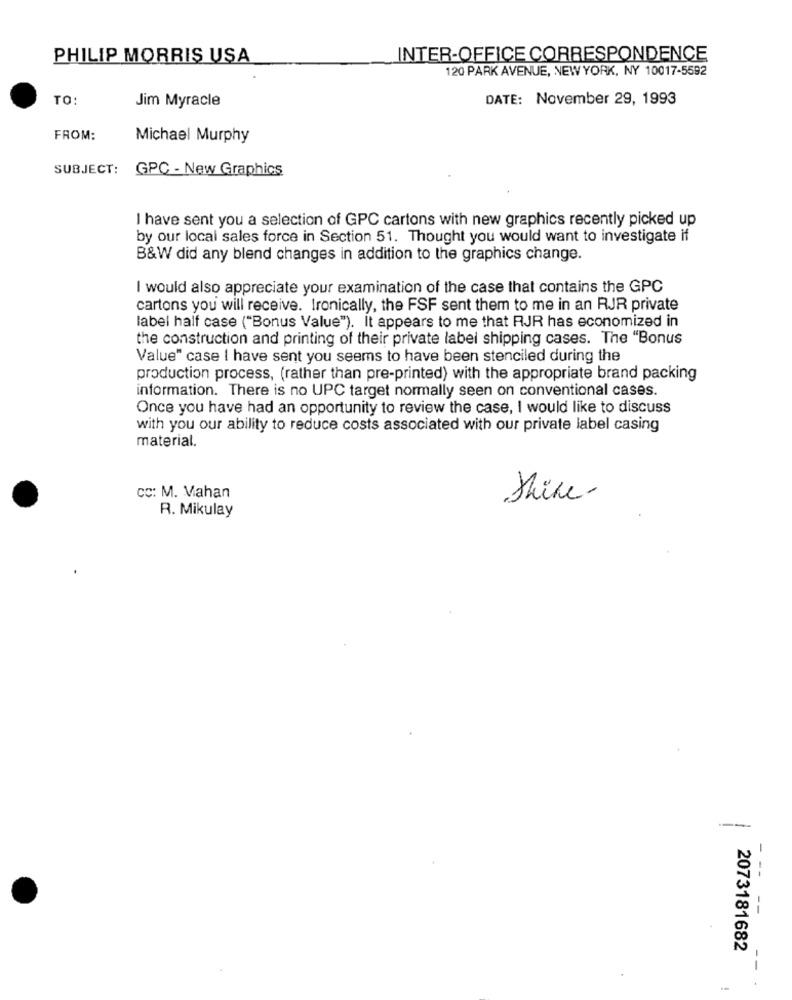
PHILIP MORRIS USA
INTER-OFFICE CORRESPONDENCE
120 PARK AVENUE, NEW YORK, NY 10017-5592
TO
Jim Myracle
DATE: November 29, 1993
FROM:
Michael Murphy
SUBJECT:
GPC - New Graphics
I have sent you a selection of GPC cartons with new graphics recently picked up
by our local sales force in Section 51. Thought you would want to investigate if
B&W did any blend changes in addition to the graphics change.
I would also appreciate your examination of the case that contains the GPC
cartons you will receive. Ironically, the FSF sent them to me in an RJR private
label half case ("Bonus Value"). It appears to me that RJR has economized in
the construction and printing of their private label shipping cases. The "Bonus
Value" case I have sent you seems to have been stenciled during the
production process, (rather than pre-printed) with the appropriate brand packing
information. There is no UPC target normally seen on conventional cases.
Once you have had an opportunity to review the case, I would like to discuss
with you our ability to reduce costs associated with our private label casing
material.
cc: M. Vahan
Shine
R. Mikulay
----
- --
2073181682